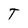
Character: T